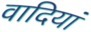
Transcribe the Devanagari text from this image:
वादियां